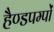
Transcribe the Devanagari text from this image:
हैण्डपम्पों